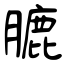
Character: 膔